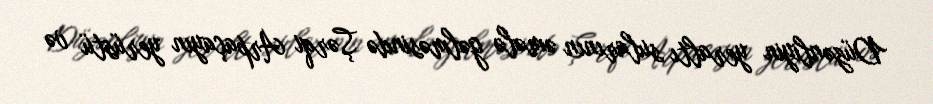
Düzənliyin yeraltı sularının əmələ gəlməsində Şərqi Arpaçayın yerüstü və